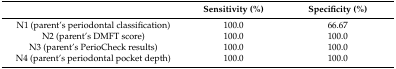
<table><thead><tr><td></td><td><b>Sensitivity (%)</b></td><td><b>Specificity (%)</b></td></tr></thead><tbody><tr><td>N1 (parent’s periodontal classification)</td><td>100.0</td><td>66.67</td></tr><tr><td>N2 (parent’s DMFT score)</td><td>100.0</td><td>100.0</td></tr><tr><td>N3 (parent’s PerioCheck results)</td><td>100.0</td><td>100.0</td></tr><tr><td>N4 (parent’s periodontal pocket depth)</td><td>100.0</td><td>100.0</td></tr></tbody></table>